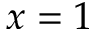
x = 1